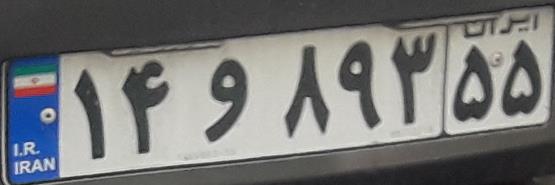
۱۴و۸۹۳۵۵